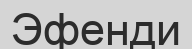
Эфенди